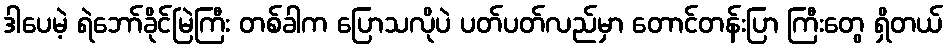
ဒါပေမဲ့ ရဲဘော်ခိုင်မြဲကြီး တစ်ခါက ပြောသလိုပဲ ပတ်ပတ်လည်မှာ တောင်တန်းပြာ ကြီးတွေ ရှိတယ်